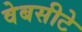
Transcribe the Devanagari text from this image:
वेबसीटे